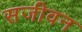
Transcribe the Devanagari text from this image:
सजीवन